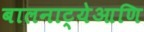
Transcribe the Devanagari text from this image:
बालनाट्येआणि